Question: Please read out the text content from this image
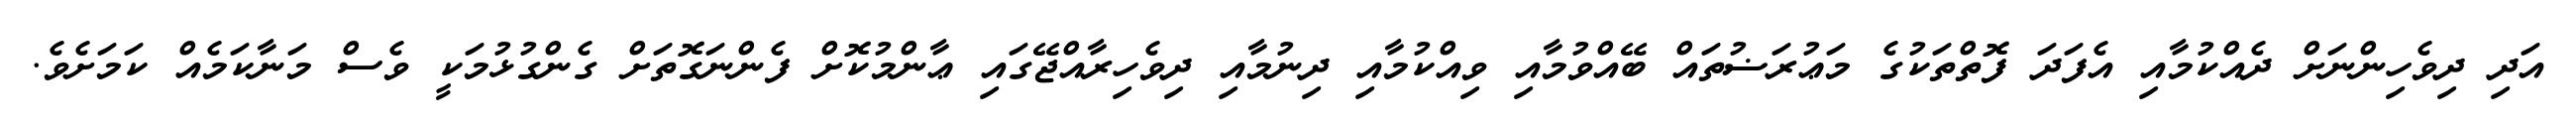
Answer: އަދި ދިވެހިންނަށް ދެއްކުމާއި އެފަދަ ފޮތްތަކުގެ މަޢުރަޟުތައް ބޭއްވުމާއި ވިއްކުމާއި ދިނުމާއި ދިވެހިރާއްޖޭގައި ޢާންމުކޮށް ފެންނަގޮތަށް ގެންގުޅުމަކީ ވެސް މަނާކަމެއް ކަމަށެވެ.